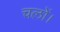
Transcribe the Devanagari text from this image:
चलों।